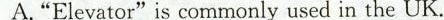
A."Elevator"is commonly used in the UK.